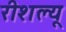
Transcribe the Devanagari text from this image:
रीशल्यू